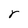
Character: r